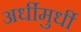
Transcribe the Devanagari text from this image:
अर्धीमुर्धी